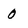
Character: 0